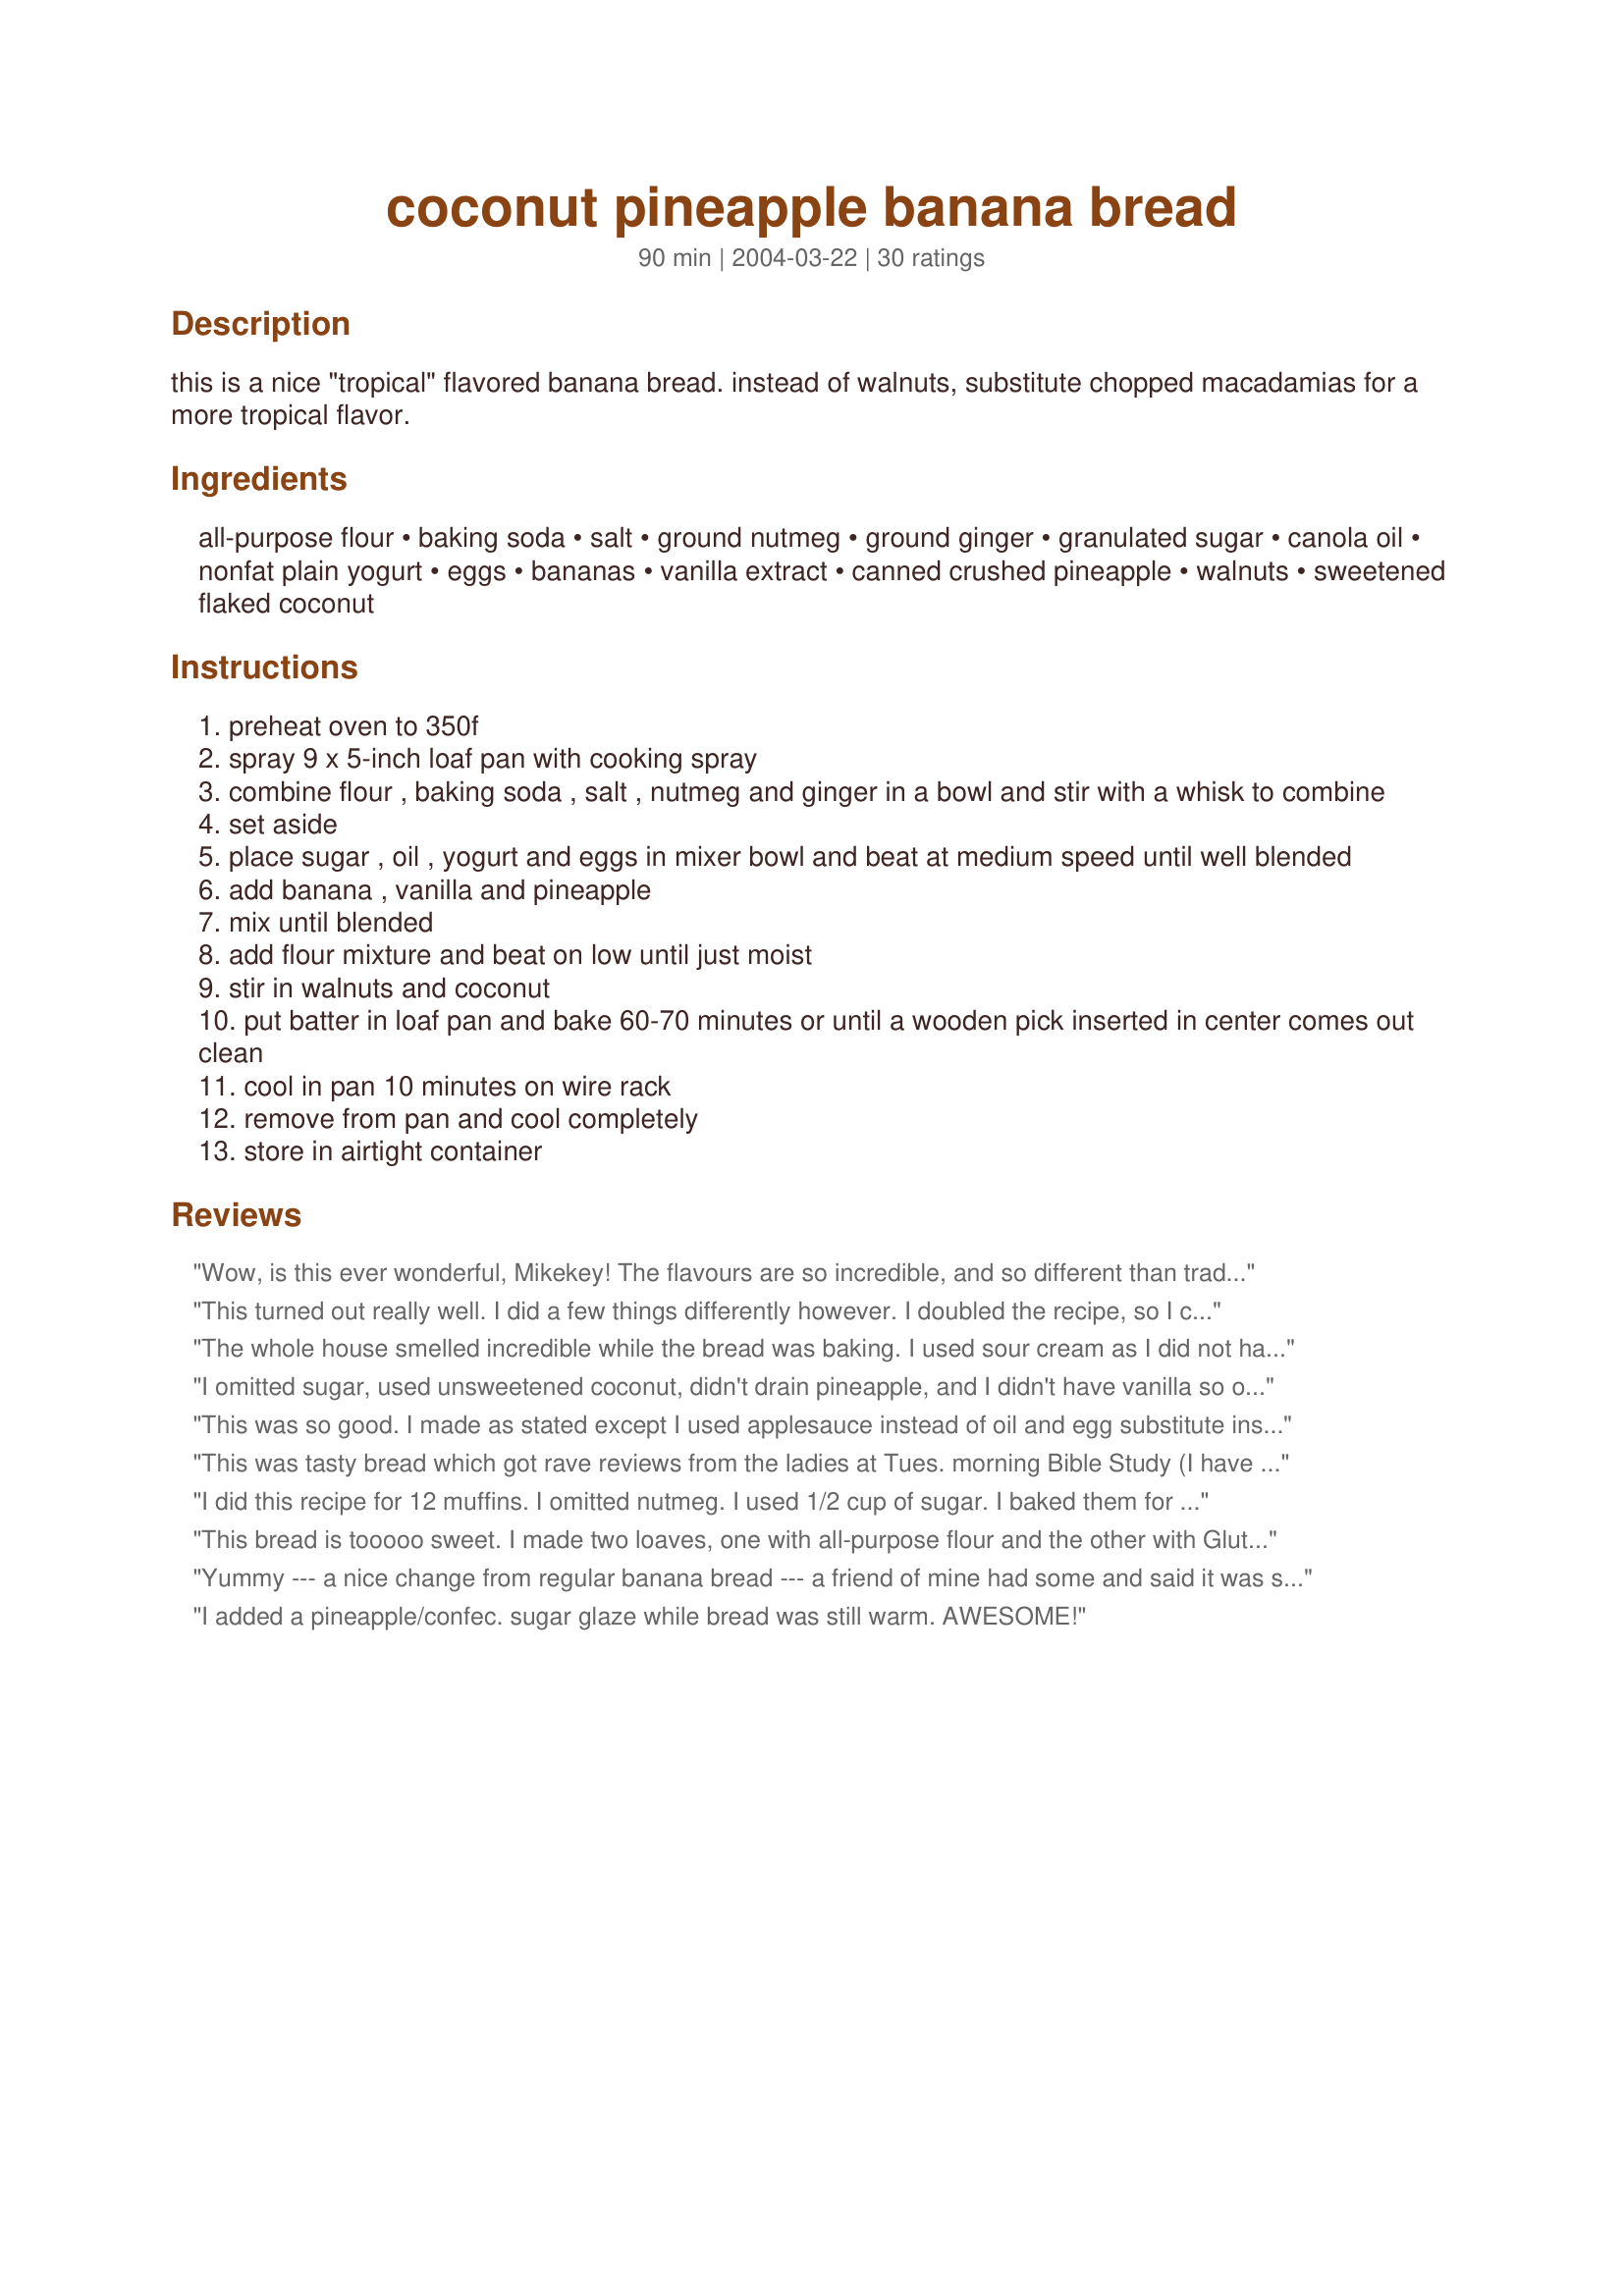
coconut pineapple banana bread
Preparation time: 90 minutes

this is a nice "tropical" flavored banana bread. instead of walnuts, substitute chopped macadamias for a more tropical flavor.

Ingredients:
all-purpose flour, baking soda, salt, ground nutmeg, ground ginger, granulated sugar, canola oil, nonfat plain yogurt, eggs, bananas, vanilla extract, canned crushed pineapple, walnuts, sweetened flaked coconut

Steps:
preheat oven to 350f
spray 9 x 5-inch loaf pan with cooking spray
combine flour , baking soda , salt , nutmeg and ginger in a bowl and stir with a whisk to combine
set aside
place sugar , oil , yogurt and eggs in mixer bowl and beat at medium speed until well blended
add banana , vanilla and pineapple
mix until blended
add flour mixture and beat on low until just moist
stir in walnuts and coconut
put batter in loaf pan and bake 60-70 minutes or until a wooden pick inserted in center comes out clean
cool in pan 10 minutes on wire rack
remove from pan and cool completely
store in airtight container

Reviews:
Wow, is this ever wonderful, Mikekey! The flavours are so incredible, and so different than traditional banana bread! I had to sub light sour cream, as I had no yogurt on hand, and I used three bananas instead of two, as they were smaller than the size I'm used to. I think you can see in the picture that it is more moist because of that - and believe me, no one was complaining! I contemplated taking ProductOfTupelo's idea with a pineapple glaze, but this time I went without, and am thrilled to have used the left over pineapple in recipe #312122 - cookies I highly recommend with the leftovers! Thanks, Mikekey, for sharing this delicous breakfast treat!
This turned out really well. I did a few things differently however. I doubled the recipe, so I could make one to take to the in-laws on a weekend visit. I also used fresh pineapple, which I cooked down, to tone down the acidity a bit. I also added the zest and juice of one orange, reduced the amount of oil a little as well, and increased the amount of coconut just a little. I toasted both the coconut and the walnuts before adding them to the batter as well, to bring out those flavors a bit. Next time I may throw in a few bits of Mango and a little mango puree instead of the orange to really give more of a tropical taste.
The whole house smelled incredible while the bread was baking. I used sour cream as I did not have yogurt. I also used macadamia nuts to give it more of a tropical flavor. I could hardly taste the pineapple or the spices. I found it to be a dense banana bread, heavier than other banana breads I have made, but still very good.
I omitted sugar, used unsweetened coconut, didn't drain pineapple, and I didn't have vanilla so omitted that (I know, ridiculous). Oh, and no nuts either. It came out good!
This was so good. I made as stated except I used applesauce instead of oil and egg substitute instead of eggs. I used fat-free sour cream instead of yogurt. The coconut was not overpowering which was great. DD (3) helped make this and we had a blast. Thanks for posting, I can surely see why this is in your Stars cookbook!
This was tasty bread which got rave reviews from the ladies at Tues. morning Bible Study (I have my own personal food tasting focus group, LOL). It smelled so good, liced easily, and was quick to put together. The only change I made was using low fat vanilla yogurt. I found it a little dry but I think it's because I cooked it a little long in fear of it not being done - It's always hard when you have fruit in a bread to know if you're hitting that or not quite done bread, I should have taken it out right at 60 minutes. I would add more spice, but that is a personal preference. Thanks Mike for another great recipe.
I did this recipe for 12 muffins. I omitted nutmeg. I used 1/2 cup of sugar. I baked them for between 22-25 minutes. They are moist. The taste is very tropical because of coconut, banananes, pineapple... Love it. Thanks Mikekey :) Made for Zaar Star Game.
This bread is tooooo sweet. I made two loaves, one with all-purpose flour and the other with Gluten Free Flour. Both were good, but both were too sweet. All of my kids thought they were good, but we did not taste any of the spices. All we tasted was a little banana and a lot of sweet!<br/>I may try this again, but I will cut the sugar down to 1/3 - 1/2 cup.. maybe even less.
Yummy --- a nice change from regular banana bread --- a friend of mine had some and said it was sorta like a Pina Colada!
I added a pineapple/confec. sugar glaze while bread was still warm. AWESOME!
Made as directed, except I used splenda for the sugar and skipped the vanilla (out of). Made one regular size loaf (a bit smaller than a regular loaf pan) and one individual loaf (for the freezer). A great different banana bread which will be enjoyed now and later! Thanks for sharing!
This was a very good bread. I think I needed to drain the pineapple a little better though because it was a little too moist. I cooked it about 15 minutes longer than directions. Made for ZWT 07
Yummy bread. Good for breakfast or after a Caribbean dinner.<br/>I did everything by hand which was quick and easy.
Tasty bread, coconut adds something a little different than regular banana bread. Subbed sour cream for the yogurt, applesauce for the oil and pecans for the walnuts. Good right out of the oven.
Very good bread! I omitted the walnuts and ginger because of a personal preference, used half whole wheat flour, and it was still very awesome, even with the changes. I love that it uses much less oil than other recipes, and you don't even miss it. Thanks for a great recipe!!
I made this into 12 large muffins, which took about 25 minutes to bake. They were moist, dense and very tasty. I used unsweetened coconut and there was still plenty of sweetness. I think a little rum flavouring would also be a nice addition. Thanks! Made for ZWT3.
This bread is amazing!! Made as written except I used fat-free vanilla yogurt rather than the plain and it cooked up nicely in 58 minutes. Will be making often since I have lots of overly ripe bananas in the freezer. Made for Everyday is a Holiday Tag 5/2010.
I increased the oil a bit to 1/3 cup and used salted chopped macadamia nuts instead of walnuts.
Bland. Won&#039;t make it again.
I made these into muffins and DH is doing the rate as I'm dieting again. He says he really likes the spices in them. I think he would have given them a 5 but is afraid I'll stop trying new recipes. Thanks
This was a wonderful change from the same old banana bread. It was moist and had wonderful flavor. I doubled the recipe to use up leftover banana's and it came out perfect!
Very good! I love that this bread does not use a ton of oil or butter like some of the others. I used walnuts, I think macadamias would be really good too. I liked this bread cold much better, it really allowed the pineapple to come through. Thanks!
Fantastic bread! So moist and yummy. Great flavor. Will make this again and again. Thanks for posting.
I've made this bread couple of times before and it's always been a crowd pleaser!
I made this for my grandparents and they simply loved it. I doubled the recipe and made 6 1/2 mini loaves, they turned out great. Thanks for posting :)
I've made a lot of banana bread in my time but I had never used coconut and pineapple. Great addition and I will be making this often. I used macadamia nuts and it was very good. Thanks for a great banana bread mikekey!!
I made muffins and got 18 medium sized ones. I accidentally used a small bag of sliced almonds instead of the walnuts and I also used unsweetened coconut. They turned out beautifully and tasted delicious. All of the kids loved them. Thanks for posting such a yummy tropical treat!
This is a wonderful take on banana bread, which I made for ZWT #7. I love the addition of pineapple and coconut to the sweet taste of the bananas. Thanks for posting.
Wow! This is the first time I&#039;ve ever attempted to make this recipe (or any bread!) I followed the recipe exactly the way it is except I didn&#039;t have any nuts, but I&#039;m going to make it again soon with macadamia nuts. It is not too sweet (yay!), and is VERY moist! The banana makes it moist &amp; flavorful, and think the coconut &amp; pineapple are great flavor additions to reduce the banana overpowering it. Can&#039;t wait to make it again! Yummy! ????
Delicious. I love the pineapple and coconut in what I consider a boring bread. I subbed applesauce for the oil and used half whole wheat flour and made muffins which are even better on day 2. Thanks for sharing this wonderful recipe.
